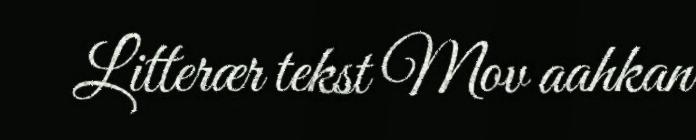
Litterær tekst Mov aahkan